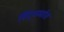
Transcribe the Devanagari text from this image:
हिंदूधर्मात